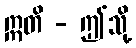
ဣတိ - ဤသို့